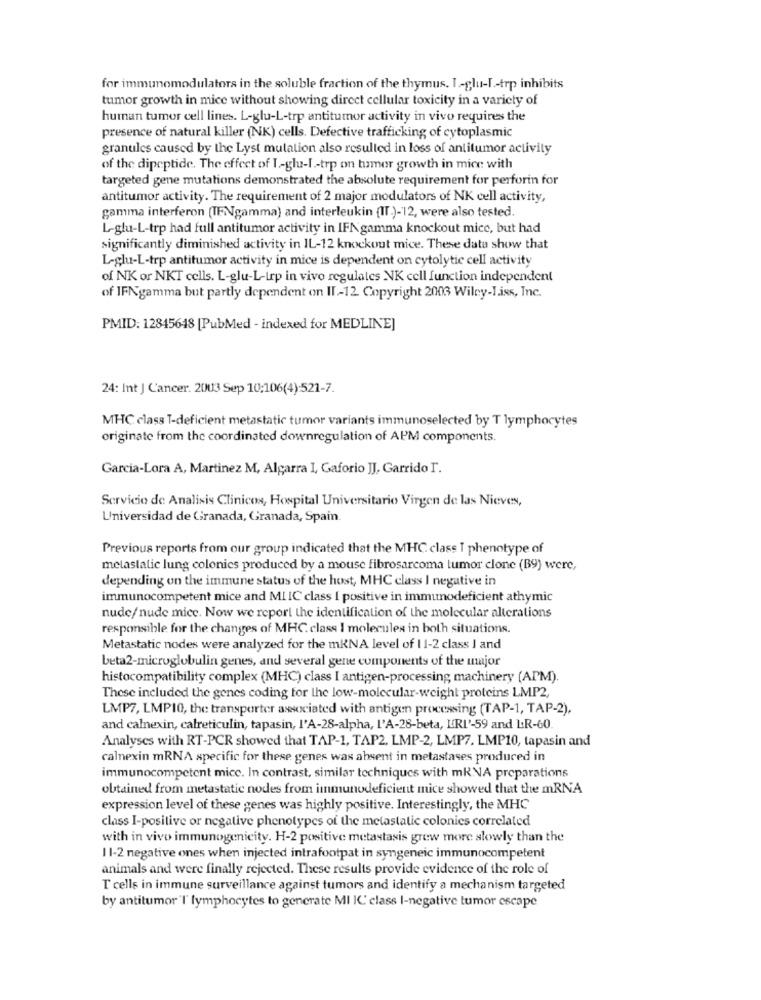
for immunomodulators in the soluble fraction of the thymus. I .- glu-L .- trp inhibits
tumor growth in mice without showing direct cellular toxicity in a variety of
human tumor cell lines. L-glu-L-trp antitumor activity in vivo requires the
presence of natural killer (NK) cells. Defective trafficking of cytoplasmic
granules caused by the Lyst mutation also resulted in loss of antitumor activity
of the dipeptide. The effect of 1 .- glu-I .- trp on tumor growth in mice with
targeted gene mutations demonstrated the absolute requirement for perforin for
antitumor activity. The requirement of 2 major modulators of NK cell activity,
gamma interferon (TENgamma) and interleukin {IT:)-12, were also tested.
L-glu-L-trp had full antitumor activity in IFN gamma knockout mice, but had
significantly diminished activity in IL-12 knockout mice. These data show that
L-glu-L-trp antitumor activity in mice is dependent on cytolytic cell activity
of NK or NKT cells. L-glu-L-Irp in vivo regulates NK cell function independent
of IFNgamma but partly dependent on IL-12. Copyright 2003 Wiley-T.iss, Inc.
PMID: 12845648 [PubMed - indexed for MEDLINE]
24: Int J C'ancer. 2003 Sep 10:106(4):521-7.
MHC class T-deficient metastatic tumor variants immunoselected by T lymphocytes
originate from the coordinated downregulation of APM components.
Garcia-Lora A, Martinez M, Algarra I, Gaforio JJ, Garrido I.
Servicio de Analisis Clinicos, Hospital Universitario Virgen de las Nieves,
Universidad de Granada, Granada, Spain
Previous reports from our group indicated that the MHC class I phenotype of
melaslalic lung colonics produced by a mouse fibrosarcoma tumor clone (B9) were,
depending on the immune status of the host, MHC class I negative in
immunocompetent mice and MI IC class [ positive in immunodeficient athymic
nude/nude mice. Now we report the identification of the molecular alterations
responsible for the changes of MHC class I molecules in both situations.
Metastatic nodes were analyzed for the mRNA level of 1 1-2 class I and
beta2-microglobulin genes, and several gene components of the major
histocompatibility complex (MHC) class I antigen-processing machinery (APM).
These included the genes coding for the low-molecular-weight proteins LMP2,
LMP7, LMP10, the transporter associated with antigen processing (TAP-1, TAP-2),
and calnexin, calreticulin, tapasin, I'A-28-alpha, L'A-28-beta, URL'-59 and LR-60
Analyses with RT-PCR showed that TAP-1, TAP2. LMP-2, LMP7. LMP10, tapasin and
calnexin mRNA specific for these genes was absent in metastases produced in
immunocompetent mice. In contrast, similar techniques with mRNA preparations
obtained from metastatic nodes from immunodeficient mice showed that the mRNA
expression level of these genes was highly positive. Interestingly, the MHC
class I-positive or negative phenotypes of the metastatic colonies correlated
with in vivo immunogenicity. H-2 positive metastasis grew more slowly than the
1 1-2 negative ones when injected intrafootpat in syngeneic immunocompetent
animals and were finally rejected. These results provide evidence of the role of
T cells in immune surveillance against tumors and identify a mechanism targeted
by antitumor'I' lymphocytes to generate MI IC' class I-negative tumor escape